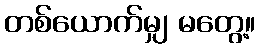
တစ်ယောက်မျှ မတွေ့။